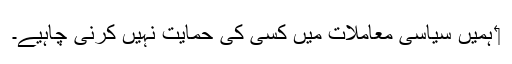
‏ ہمیں سیاسی معاملات میں کسی کی حمایت نہیں کرنی چاہیے۔